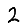
Digit: 2